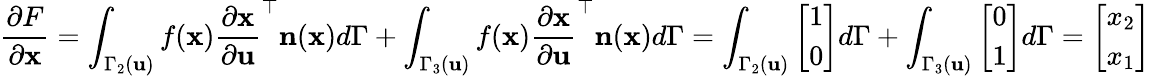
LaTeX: \frac{\partial F}{\partial\mathbf{x}}=\int_{\Gamma_{2}(\mathbf{u})}f(\mathbf{x})\frac{\partial\mathbf{x}}{\partial\mathbf{u}}^{\top}\mathbf{n}(\mathbf{x})d\Gamma+\int_{\Gamma_{3}(\mathbf{u})}f(\mathbf{x})\frac{\partial\mathbf{x}}{\partial\mathbf{u}}^{\top}\mathbf{n}(\mathbf{x})d\Gamma=\int_{\Gamma_{2}(\mathbf{u})}\left[\begin{array}{l}{1}\\ {0}\end{array}\right]d\Gamma+\int_{\Gamma_{3}(\mathbf{u})}\left[\begin{array}{l}{0}\\ {1}\end{array}\right]d\Gamma=\left[\begin{array}{l}{x_{2}}\\ {x_{1}}\end{array}\right]